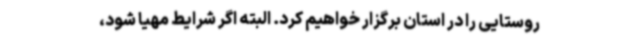
روستایی را در استان برگزار خواهیم کرد. البته اگر شرایط مهیا شود،